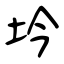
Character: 坅